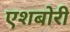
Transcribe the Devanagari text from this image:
एशबोरी